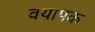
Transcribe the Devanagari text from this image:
वयापक